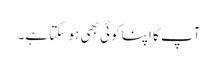
آپ کا اپنا کوئی بھی ہو سکتا ہے۔